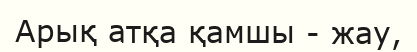
Арық атқа қамшы - жау,